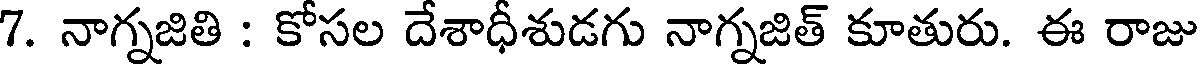
7. నాగ్నజితి : కోసల దేశాధీశుడగు నాగ్నజిత్ కూతురు. ఈ రాజు